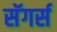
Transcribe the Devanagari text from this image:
सॅगर्स